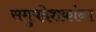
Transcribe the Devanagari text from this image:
समुपदेशकांना